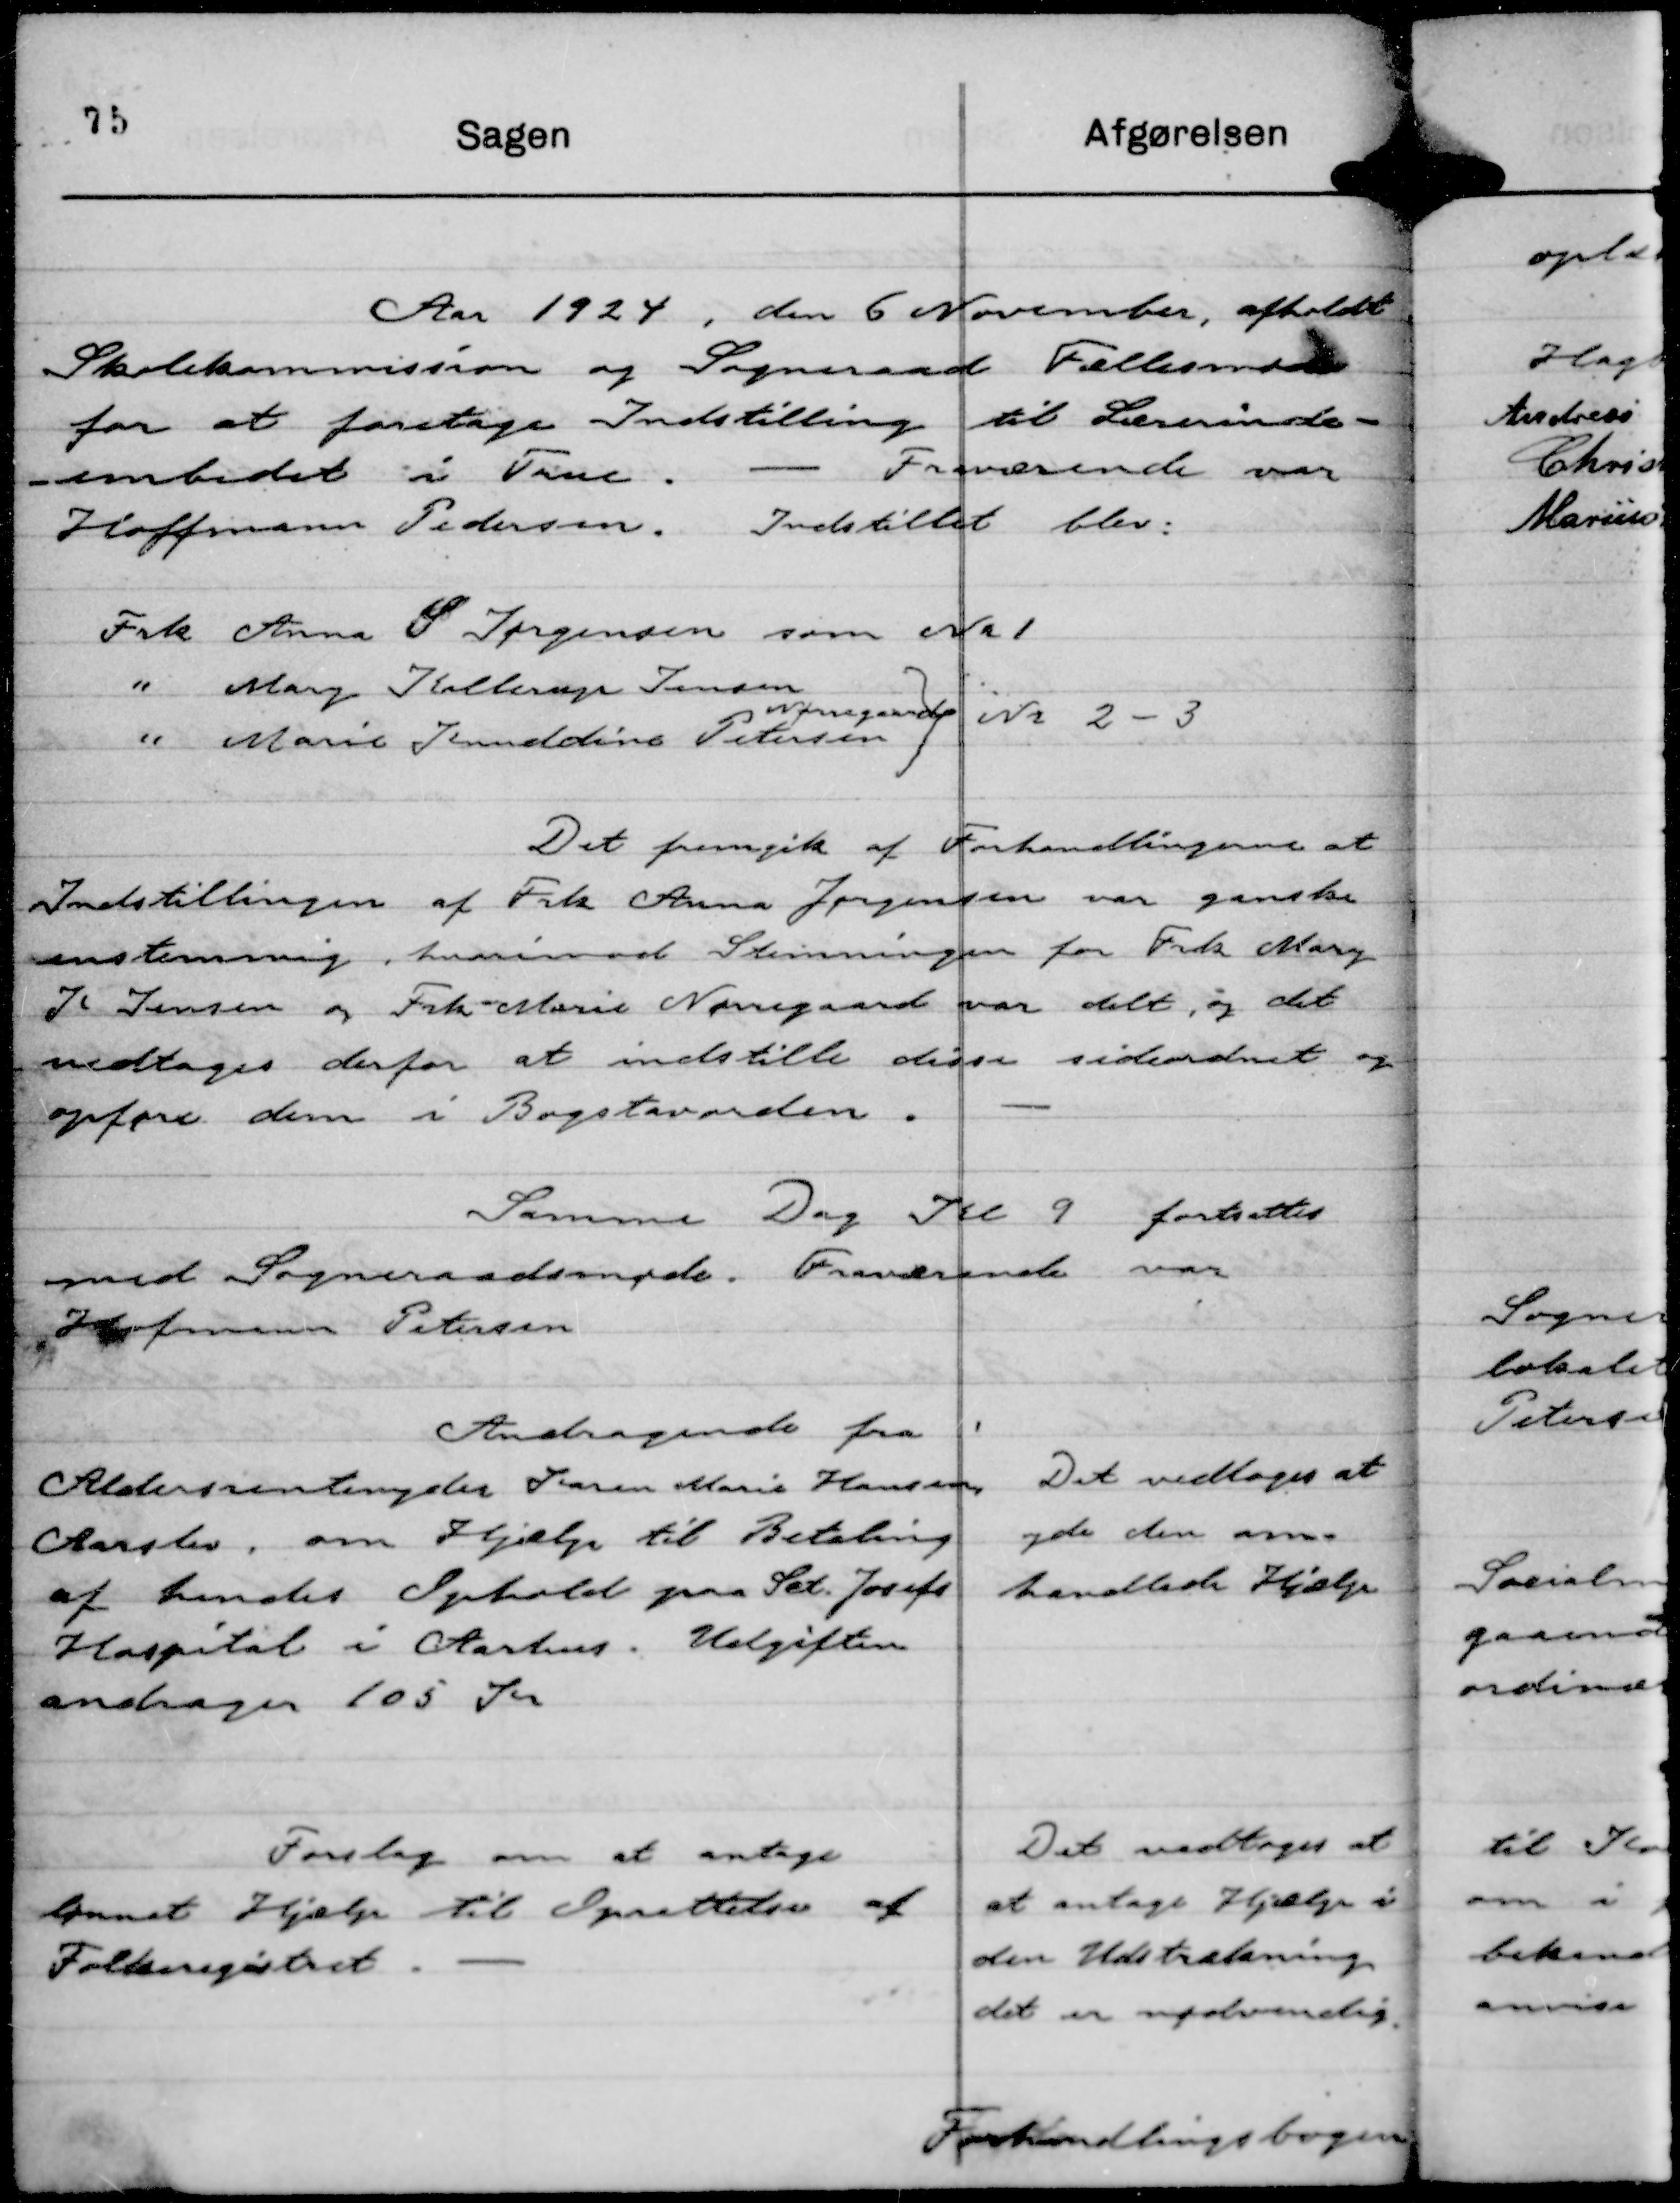
Transskription:
Aar 1924, den 6 November, afholdt
Skolekommission og Sogneraad Fællesmøde
for at foretage Indstilling til Lærerinde-
embedet i True.
Fraværende var
Hoffmann Pedersen. Indstillet blev:

Frk Anna S Jørgensen som Nr 1
" Mary Kollerup Jensen
" Marie Knuddine Petersen
Nørregaard
Nr 2 - 3

Det fremgik af Forhandlingerne at
Indstillingen af Frk Anna Jørgensen var ganske
enstemmig, hvorimod Stemningen for Frk Mary
K Jensen og Frk Marie Nørregaard var delt, og det
vedtoges derfor at indstille disse sideordnet og
opføre dem i Bogstavorden.

Samme Dag Kl 9 fortsattes
med Sogneraadsmøde. Fraværende var
Hofmann Petersen

Andragende fra
Aldersrentenyder Karen Marie Hansen,
Aarslev, om Hjælp til Betaling
af hendes Ophold paa Sct. Josefs
Hospital i Aarhus. Udgiften
andrager 105 Kr

Det vedtoges at
yde den om-
handlede Hjælp

Forslag om at antage
lønnet Hjælp til Oprettelse af
Folkeregistret.

Det vedtoges at
at antage Hjælp i
den Udstrækning
det er nødvendig.

Forhandlingsbogen